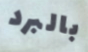
بالبرد